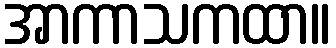
အာကာသကထာ။